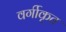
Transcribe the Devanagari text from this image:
वर्गीकृत